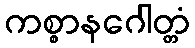
ကစ္စာနဂေါတ္တံ